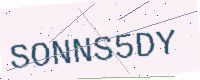
Text: SONNS5DY